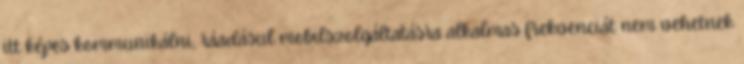
itt képes kommunikálni, ráadásul mobilszolgáltatásra alkalmas frekvenciát nem vehetnek